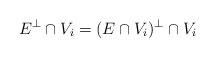
LaTeX: \begin{gather*}E^{\perp} \cap V_i = (E \cap V_i)^{\perp} \cap V_i\end{gather*}